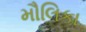
મૌલિકા